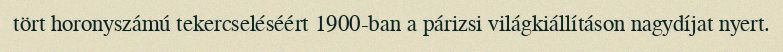
tört horonyszámú tekercseléséért 1900-ban a párizsi világkiállításon nagydíjat nyert.